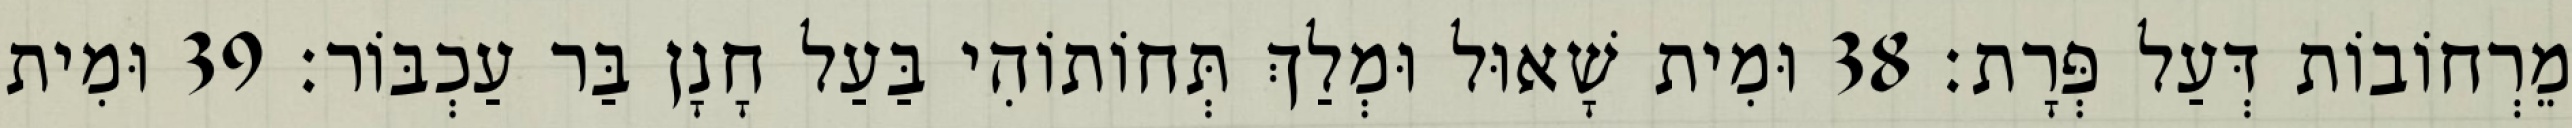
מֵרְחוֹבוֹת דְּעַל פְּרָת׃ 38 וּמִית שָׁאוּל וּמְלַךְ תְּחוֹתוֹהִי בַּעַל חָנָן בַּר עַכְבּוֹר׃ 39 וּמִית